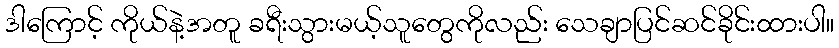
ဒါကြောင့် ကိုယ်နဲ့အတူ ခရီးသွားမယ့်သူတွေကိုလည်း သေချာပြင်ဆင်ခိုင်းထားပါ။